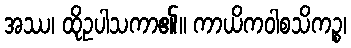
အဿ၊ ထိုဥပါသကာ၏။ ကာယိကဝါစသိကဉ္စ၊